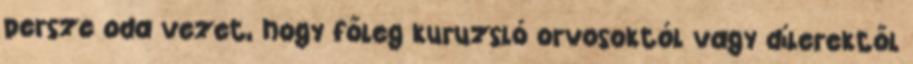
persze oda vezet, hogy főleg kuruzsló orvosoktól vagy dílerektől